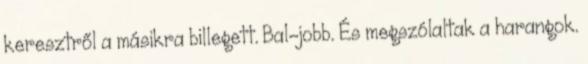
keresztről a másikra billegett. Bal-jobb. És megszólaltak a harangok.